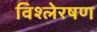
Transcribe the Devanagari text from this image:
विश्लेरषण